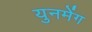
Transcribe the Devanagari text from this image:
युनमेंग